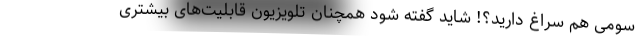
سومی هم سراغ دارید؟! شاید گفته شود همچنان تلویزیون قابلیت‌های بیشتری